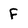
Character: F